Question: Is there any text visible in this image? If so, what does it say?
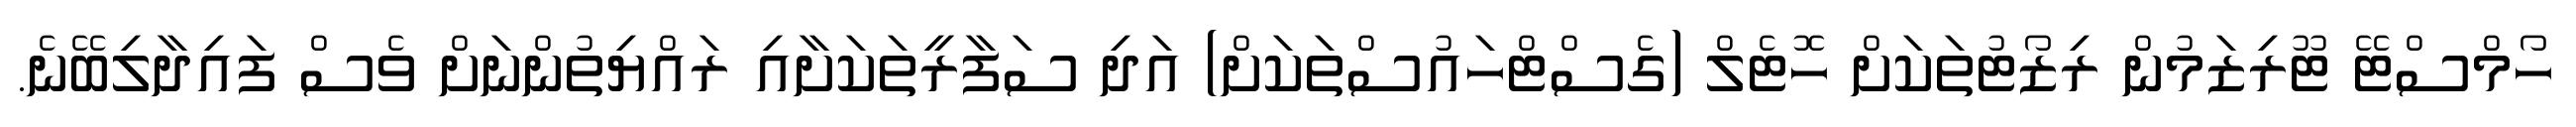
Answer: ހޯމްސްޓޭ ޓޫރިޒަމުން ރިޒޯޓުތަކަށް ހޮޓެލް (ގެސްޓްހައުސްތަކަށް) އަދި ސަފާރީތަކަށާއި ރައްޔިތުންނަށް ވެސް ފައިދާލިބޭނެ.